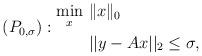
LaTeX: \begin{align*}(P_{0,\sigma}):\begin{aligned}\min_{x}&~\|x\|_0\\ &~||y-{A}x||_2\leq\sigma,\end{aligned}\end{align*}